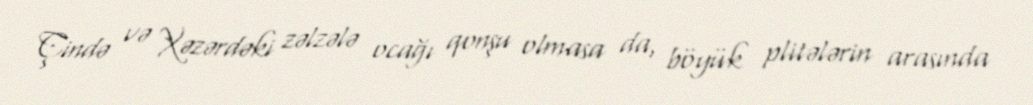
Çində və Xəzərdəki zəlzələ ocağı qonşu olmasa da, böyük plitələrin arasında